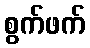
စွက်ဖက်